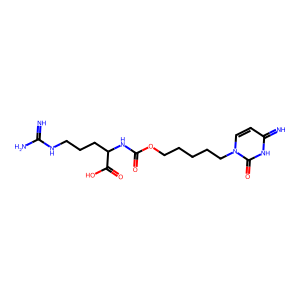
SMILES: N=C(N)NCCCC(NC(=O)OCCCCCn1ccc(=N)[nH]c1=O)C(=O)O
Inhibits HIV replication: No